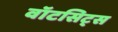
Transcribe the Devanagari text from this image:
वॉटसिट्स